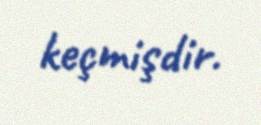
keçmişdir.